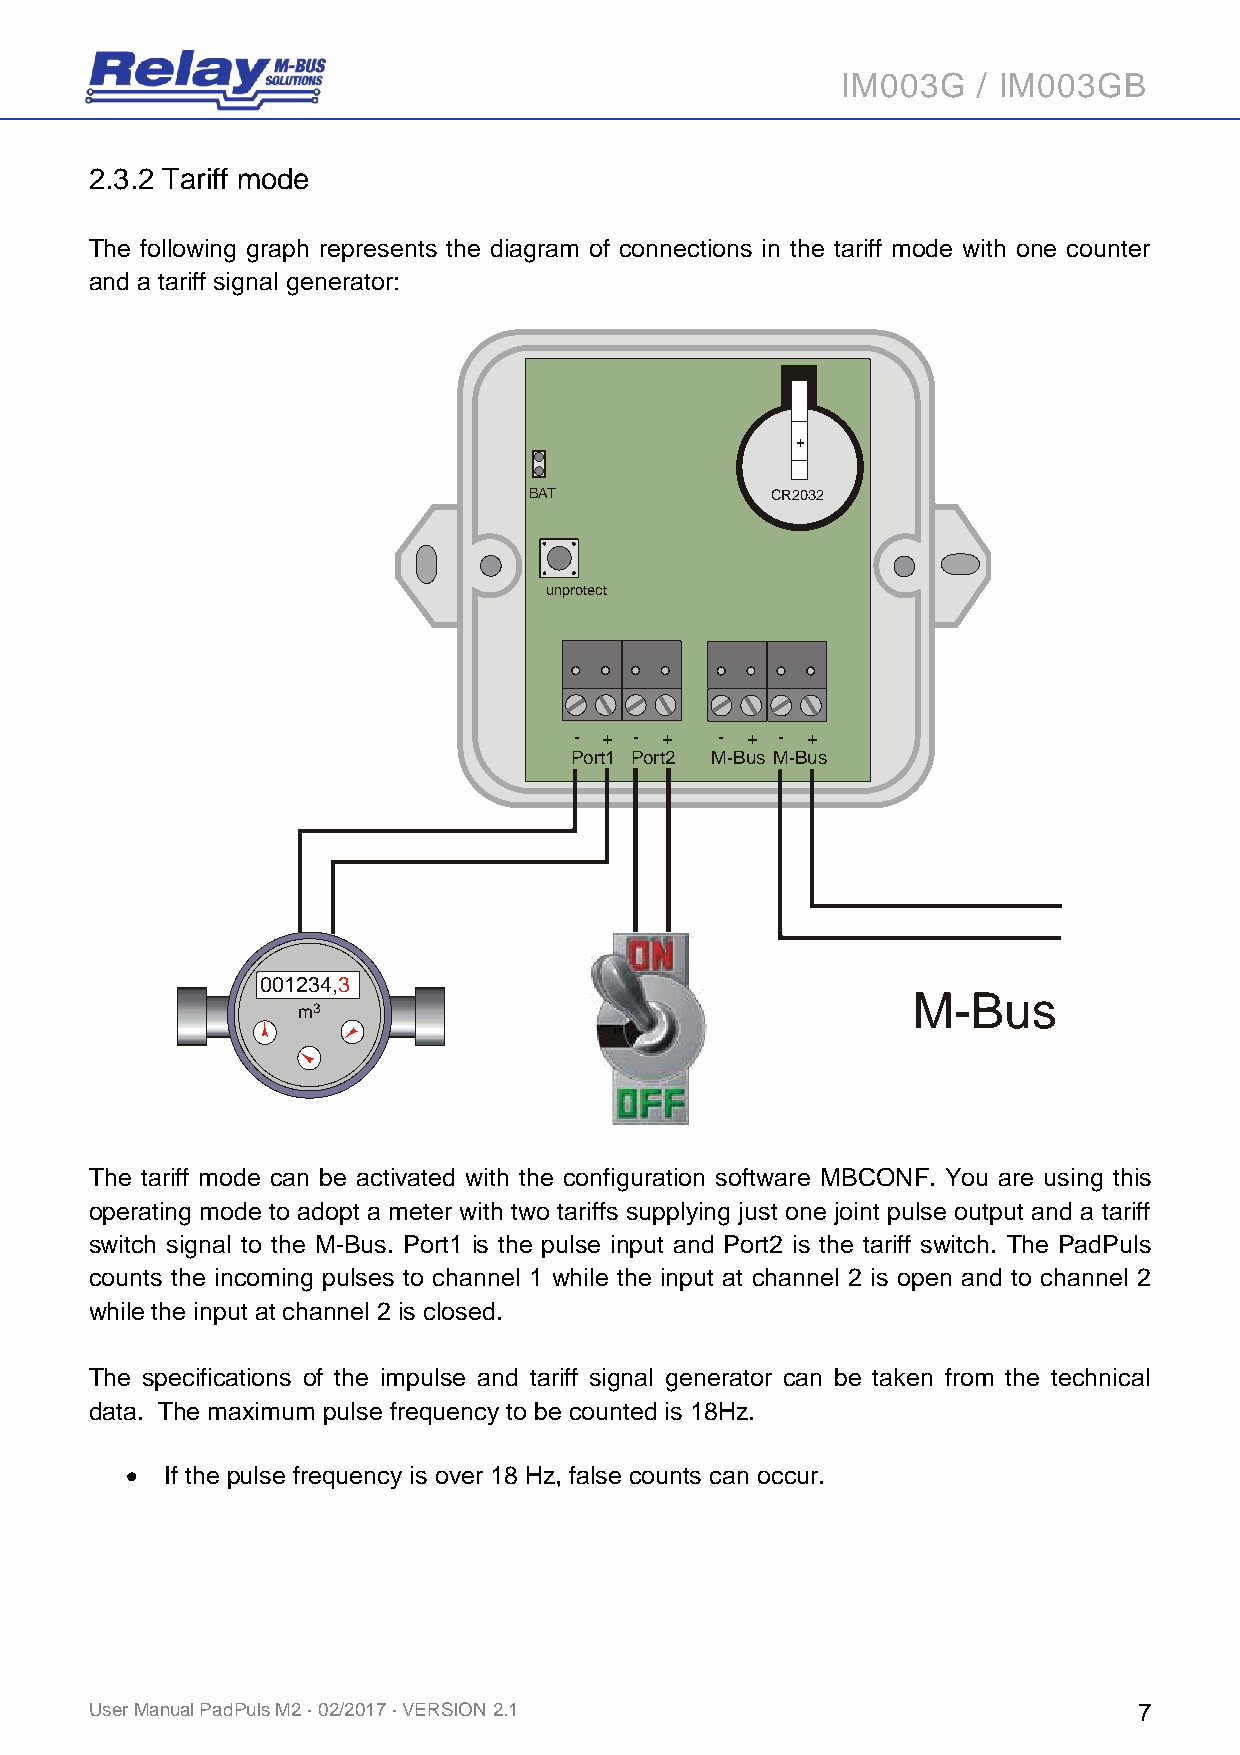
IM003G   / IM003GB
 2.3.2 Tariff mode
 The following graph represents the diagram of connections in the tariff mode with one counter
 and a tariff signal generator:
 +
 BAT             CR2032
 unprotect
 - + - +   - + - +
 Port1 Port2 M-Bus M-Bus
 001234,3
 M-Bus
 m3
 The tariff mode can be activated with the configuration software MBCONF. You are using this
 operating mode to adopt a meter with two tariffs supplying just one joint pulse output and a tariff
 switch signal to the M-Bus. Port1 is the pulse input and Port2 is the tariff switch. The PadPuls
 counts the incoming pulses to channel 1 while the input at channel 2 is open and to channel 2
 while the input at channel 2 is closed.
 The specifications of the impulse and tariff signal generator can be taken from the technical
 data. The maximum pulse frequency to be counted is 18Hz.
   If the pulse frequency is over 18 Hz, false counts can occur.
 User Manual PadPuls M2 · 02/2017 · VERSION 2.1                       7